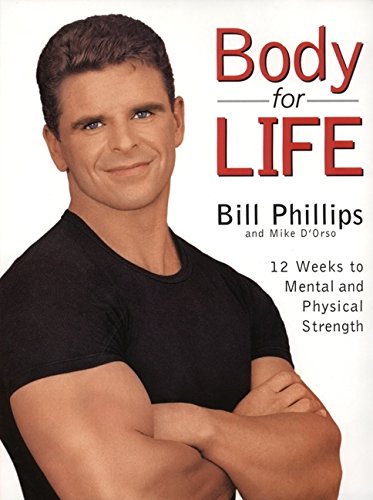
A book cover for Body for Life: 12 Weeks to Mental and Physical Strength; Bill Phillips; Health, Fitness & Dieting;